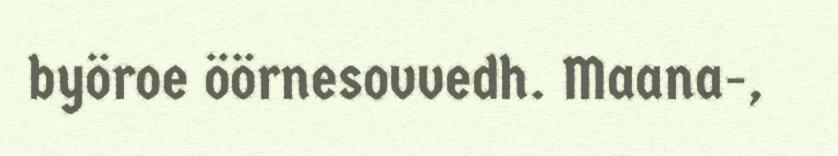
byöroe öörnesovvedh. Maana-,